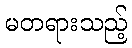
မတရားသည့်